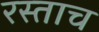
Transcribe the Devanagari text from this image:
रस्ताच